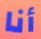
أنا